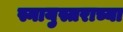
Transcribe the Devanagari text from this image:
स्नायुस्तराच्या